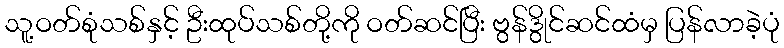
သူ့ဝတ်စုံသစ်နှင့် ဦးထုပ်သစ်တို့ကို ဝတ်ဆင်ပြီး ဗွန်ဒွိုင်ဆင်ထံမှ ပြန်လာခဲ့ပုံ